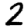
Digit: 2